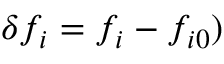
\delta f _ { i } = f _ { i } - f _ { i 0 } )